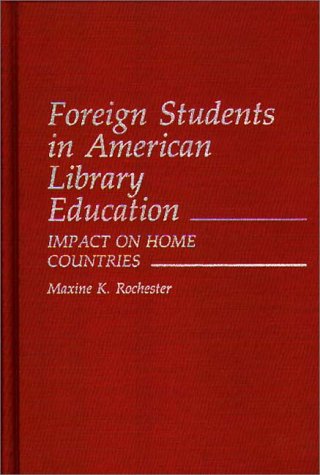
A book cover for Foreign Students in American Library Education: Impact on Home Countries (Contributions to the Study of World History); Maxine Rochester; Travel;